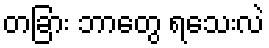
တခြား ဘာတွေ ရသေးလဲ